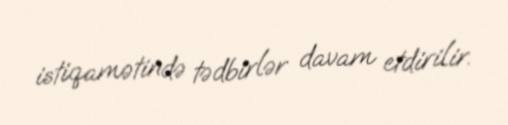
istiqamətində tədbirlər davam etdirilir.